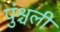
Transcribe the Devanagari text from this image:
पुंश्चली